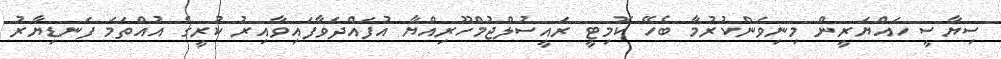
ސިޔާސީ ހައްޔަރީން މިނިވަންކުރުމާ ބެހޭ ކޮމިޓީ ރައީސުލްޖުމްހޫރިއްޔާ އުފައްދަވާފައިވާއިރު ކުރީގެ އުއްތަމަ ފަނޑިޔާރު